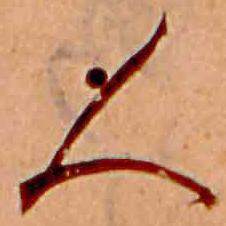
人